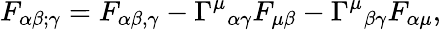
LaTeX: F_{\alpha\beta;\gamma}=F_{\alpha\beta,\gamma}-{\Gamma^{\mu}}_{\alpha\gamma}F_{\mu\beta}-{\Gamma^{\mu}}_{\beta\gamma}F_{\alpha\mu},